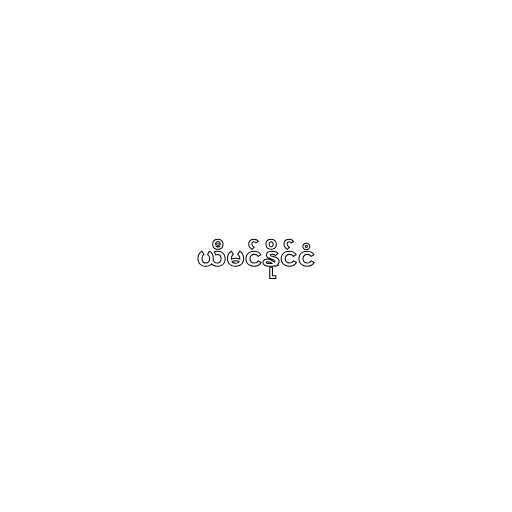
ယီမင်နိုင်ငံ